Civil Veterinary Dept. North-West Frontier Province 1933-46 - 1933-1946
Year: 1933
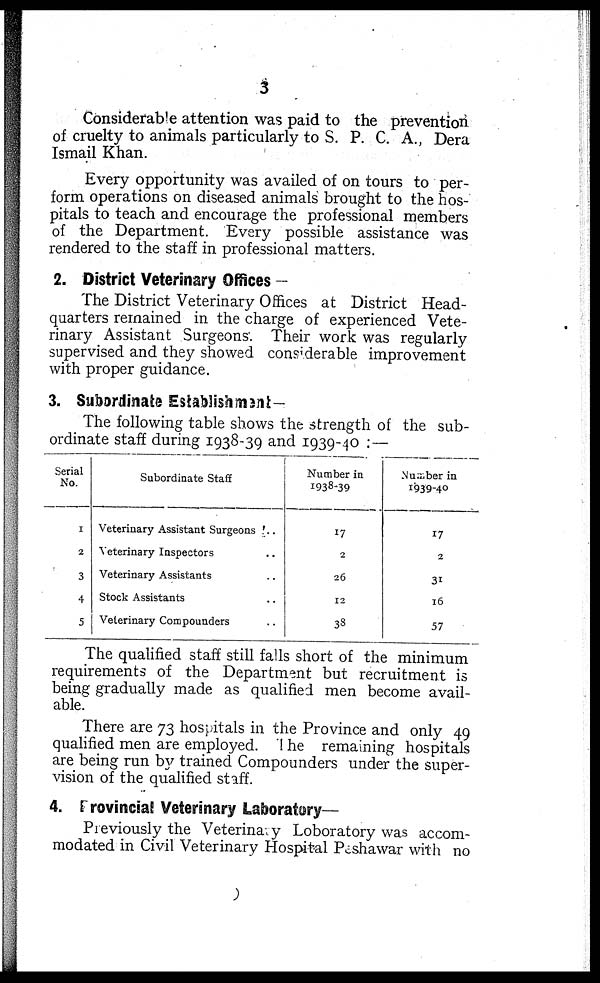
3
Considerable attention was paid to the prevention
of cruelty to animals particularly to S. P. C. A., Dera
Ismail Khan.
Every opportunity was availed of on tours to per-
form operations on diseased animals brought to the hos-
pitals to teach and encourage the professional members
of the Department. Every possible assistance was
rendered to the staff in professional matters.
2. District Veterinary Offices —
The District Veterinary Offices at District Head-
quarters remained in the charge of experienced Vete-
rinary Assistant Surgeons'. Their work was regularly
supervised and they showed considerable improvement
with proper guidance.
3. Subordinate Establishment—
The following table shows the strength of the sub-
ordinate staff during 1938-39 and 1939-40:—
Serial
No.
1
2
3
4
5
Subordinate Staff
Veterinary Assistant Surgeons ...
Veterinary Inspectors
Veterinary Assistants
Stock Assistants
Veterinary Compounders ..
Number in
1938-39
17
2
26
12
38
Number in
1939-40
17
2
31
16
57
The qualified staff still falls short of the minimum
requirements of the Department but recruitment is
being gradually made as qualified men become avail-
able.
There are 73 hospitals in the Province and only 49
qualified men are employed. The remaining hospitals
are being run by trained Compounders under the super-
vision of the qualified staff.
4. Provincial Veterinary Laboratory—
Previously the Veterinary Loboratory was accom-
modated in Civil Veterinary Hospital Peshawar with no